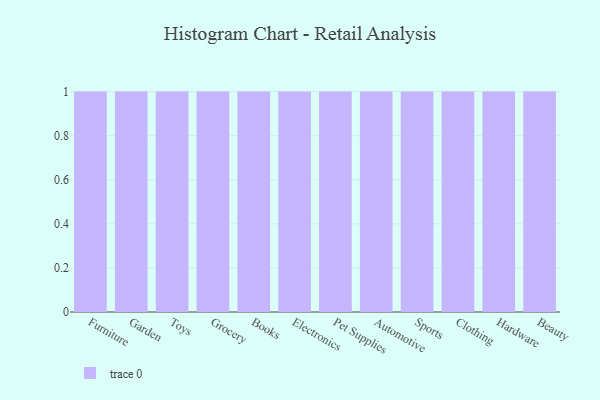
{"axis": {"x": "Category", "y": "Shipments"}, "legend": [""], "data": [{"x": "Furniture", "y": 31, "type": ""}, {"x": "Garden", "y": 17, "type": ""}, {"x": "Toys", "y": 78, "type": ""}, {"x": "Grocery", "y": 44, "type": ""}, {"x": "Books", "y": 95, "type": ""}, {"x": "Electronics", "y": 5, "type": ""}, {"x": "Pet Supplies", "y": 76, "type": ""}, {"x": "Automotive", "y": 85, "type": ""}, {"x": "Sports", "y": 38, "type": ""}, {"x": "Clothing", "y": 62, "type": ""}, {"x": "Hardware", "y": 57, "type": ""}, {"x": "Beauty", "y": 78, "type": ""}]}